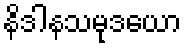
နိဒါနသမုဒယော